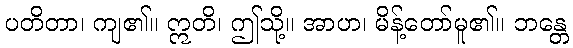
ပတိတာ၊ ကျ၏။ ဣတိ၊ ဤသို့။ အာဟ၊ မိန့်တော်မူ၏။ ဘန္တေ